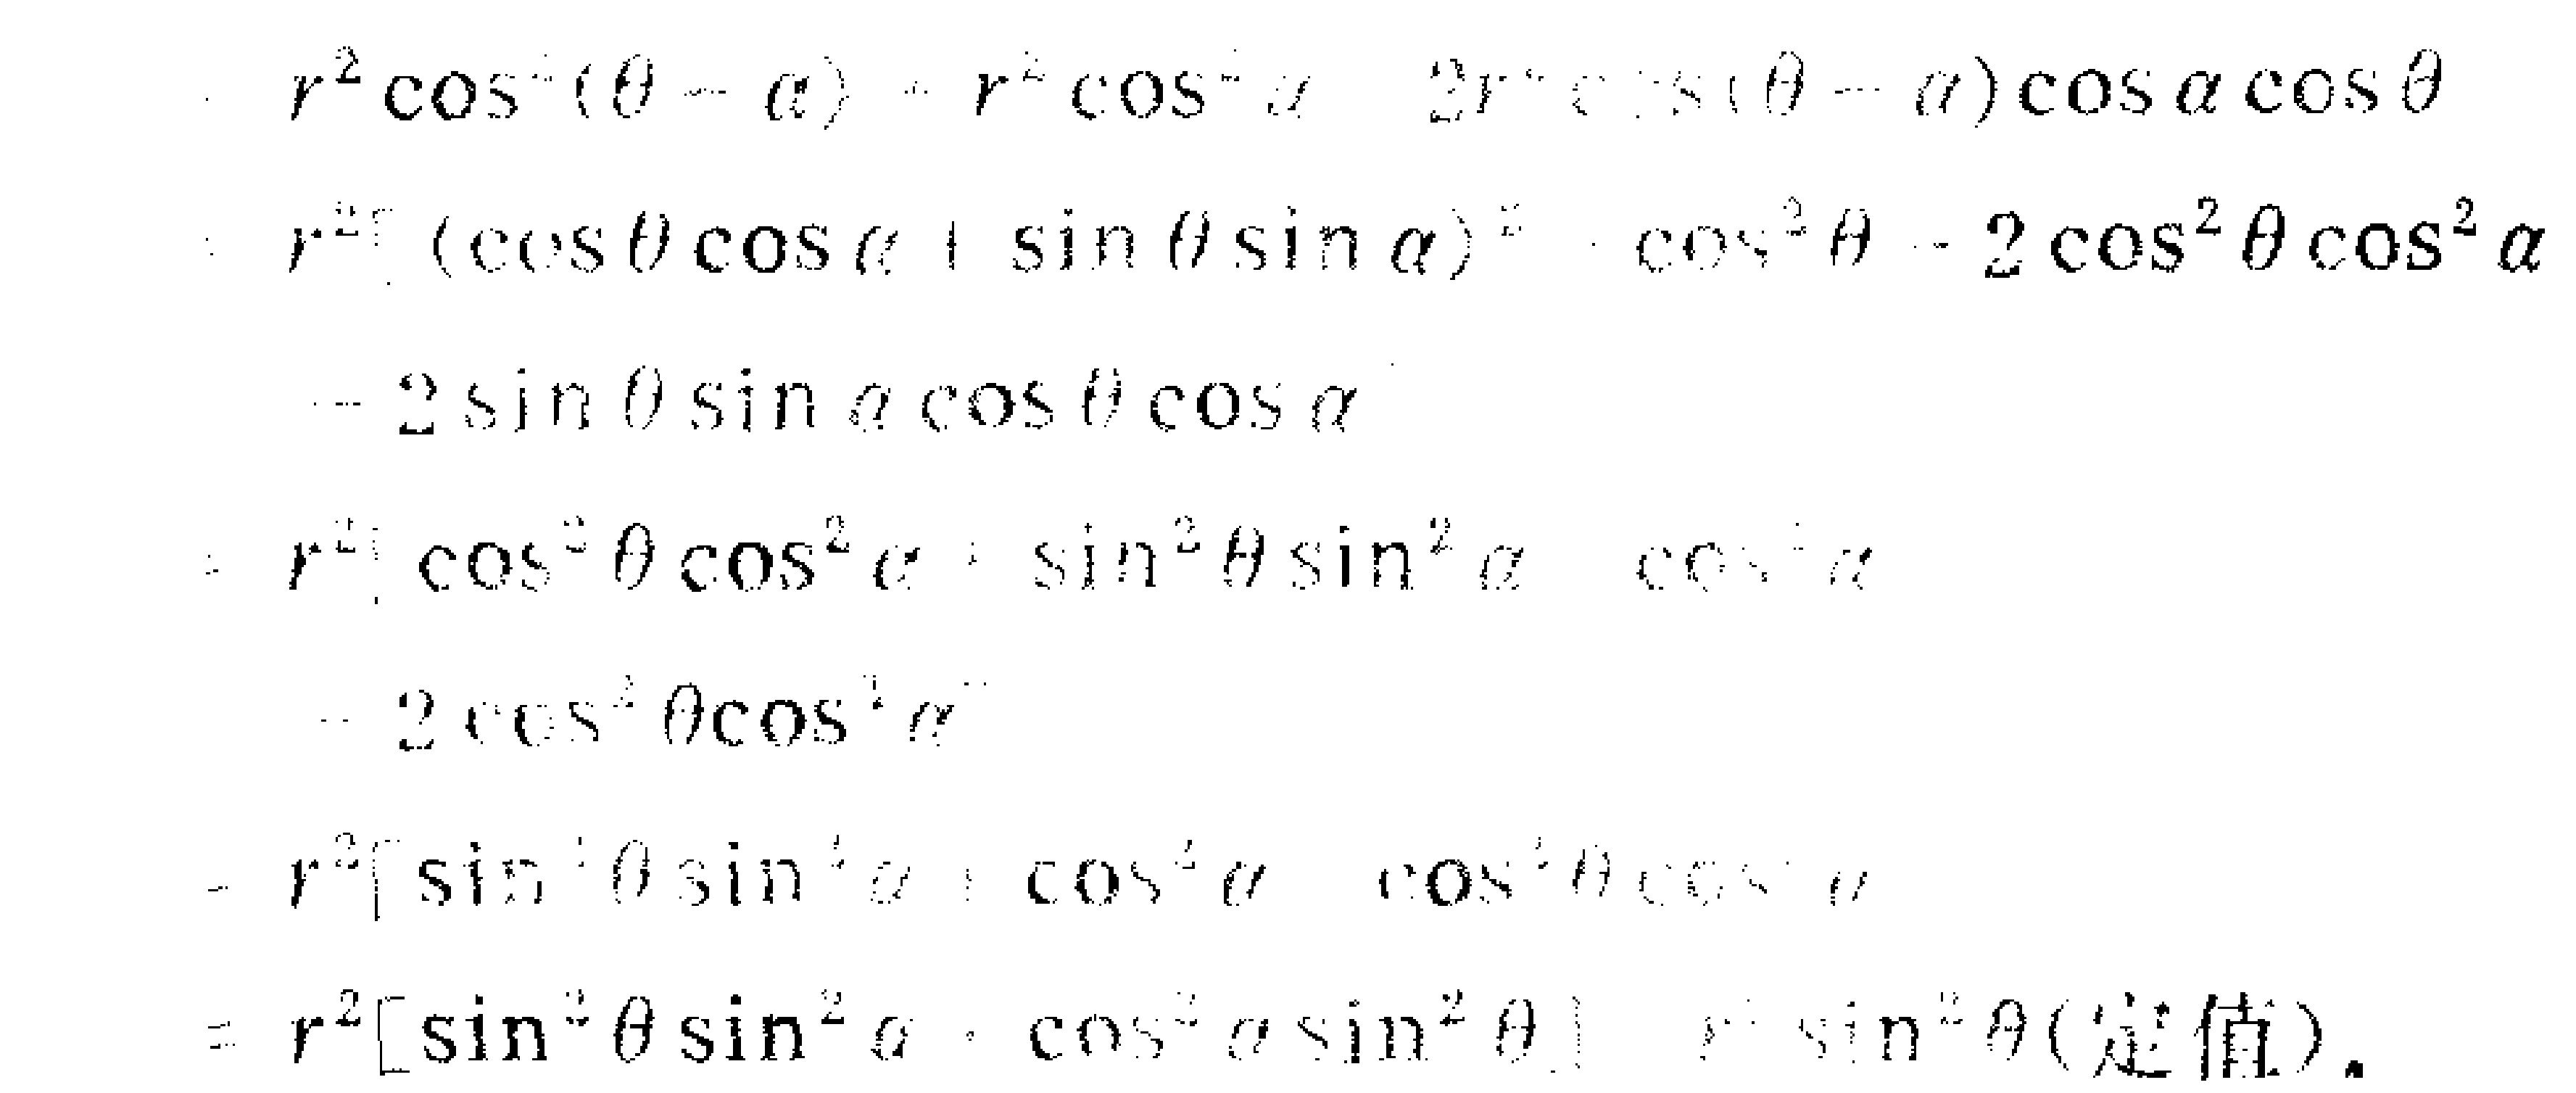
那么直线外一点到直线的距离又该如何测量呢？比如求

下图中点\(P\)到直线\(l\)的距离。其实和刚才一样，也就是求最短

长度。